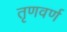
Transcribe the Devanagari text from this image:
तृणवर्ण